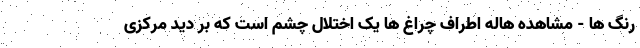
رنگ ها - مشاهده هاله اطراف چراغ ها یک اختلال چشم است که بر دید مرکزی